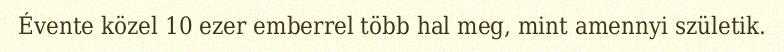
Évente közel 10 ezer emberrel több hal meg, mint amennyi születik.